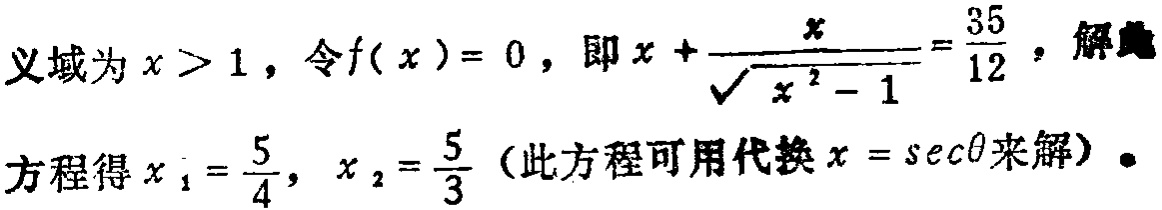
义域为\(x > 1\)，令\(f(x)=0\)，即\(x + \frac{x}{\sqrt{x^{2}-1}}=\frac{35}{12}\)，解方程得\(x_{1}=\frac{5}{4}\)，\(x_{2}=\frac{5}{3}\)（此方程可用代换\(x = \sec\theta\)来解）。